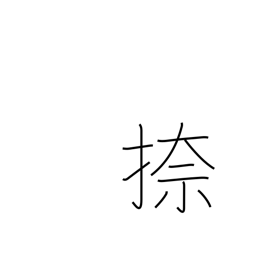
Meaning: print